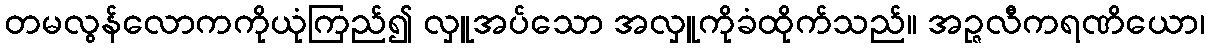
တမလွန်လောကကိုယုံကြည်၍ လှူအပ်သော အလှူကိုခံထိုက်သည်။ အဉ္ဇလီကရဏိယော၊